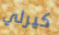
كيرلي